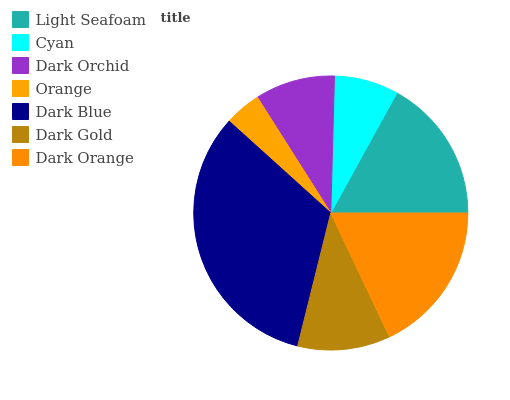
| Light Seafoam | Cyan | Dark Orchid | Orange | Dark Blue | Dark Gold | Dark Orange |
 | --- | --- | --- | --- | --- | --- | --- |
 | 17% | 7.57% | 9.42% | 4.31% | 32.8% | 10.9% | 18% |